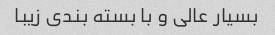
بسیار عالی و با بسته بندی زیبا